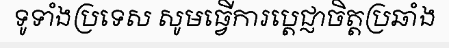
ទូទាំងប្រទេស សូមធ្វើការប្តេជ្ញាចិត្តប្រឆាំង